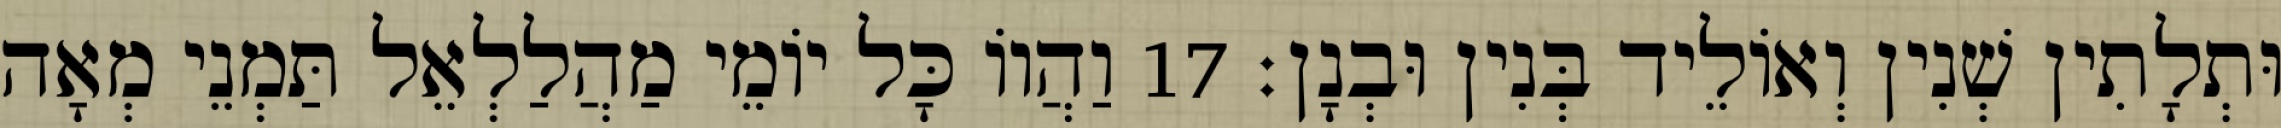
וּתְלָתִין שְׁנִין וְאוֹלֵיד בְּנִין וּבְנָן׃ 17 וַהֲווֹ כָּל יוֹמֵי מַהֲלַלְאֵל תַּמְנֵי מְאָה